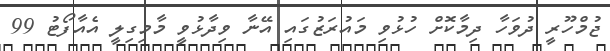
ޖުމްހޫރީ ދުވަހާ ދިމާކޮށް ހުޅުވި މައުރަޒުގައި އޭނާ ވިދާޅުވީ މާމިގިލީ އެއާފޯޓު 99